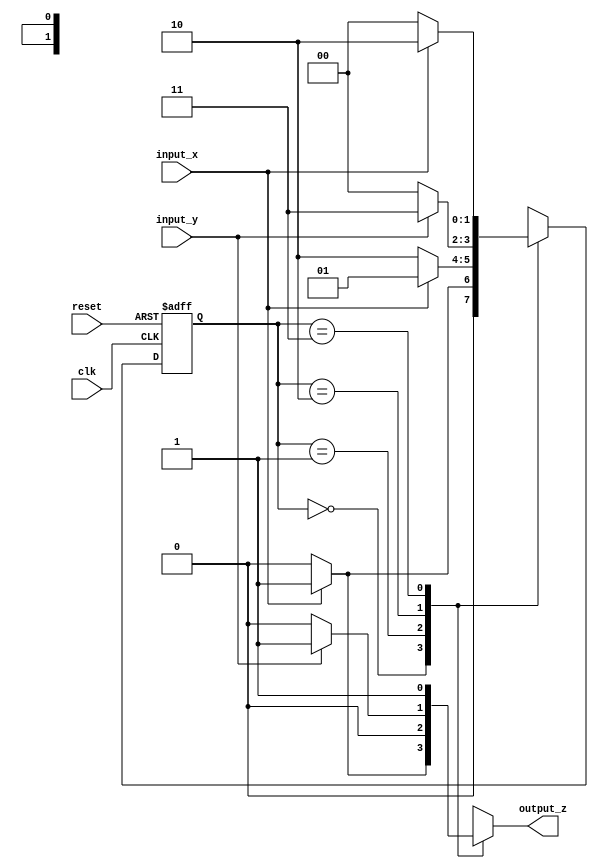
module MealyStateMachine (
    input wire clk,        // Clock signal
    input wire reset,      // Asynchronous reset signal
    input wire input_x,    // Input bit x
    input wire input_y,    // Input bit y
    output reg output_z    // Output bit z
);

// State encoding
parameter STATE_A = 2'b00, // State A
          STATE_B = 2'b01, // State B
          STATE_C = 2'b10, // State C
          STATE_D = 2'b11; // State D

reg [1:0] current_state, next_state; // Current and next state registers

// State transition logic (Combinational logic)
always @(*) begin
    case (current_state)
        STATE_A: begin
            if (input_x == 1'b1)
                next_state = STATE_B;
            else
                next_state = STATE_A;
        end
        STATE_B: begin
            if (input_x == 1'b0)
                next_state = STATE_C;
            else
                next_state = STATE_B;
        end
        STATE_C: begin
            if (input_y == 1'b1)
                next_state = STATE_D;
            else
                next_state = STATE_A;
        end
        STATE_D: begin
            if (input_x == 1'b0)
                next_state = STATE_A;
            else
                next_state = STATE_C;
        end
        default: next_state = STATE_A; // Default to State A
    endcase
end

// Output logic (Combinational logic)
always @(*) begin
    case (current_state)
        STATE_A: output_z = (input_x == 1'b1) ? 1'b1 : 1'b0;
        STATE_B: output_z = 1'b0; // Example output logic
        STATE_C: output_z = (input_y == 1'b1) ? 1'b1 : 1'b0; // Example output logic
        STATE_D: output_z = 1'b1; // Example output logic
        default: output_z = 1'b0; // Default output
    endcase
end

// Sequential block (synchronous logic)
always @(posedge clk or posedge reset) begin
    if (reset) begin
        current_state <= STATE_A; // Reset to State A
    end else begin
        current_state <= next_state; // Update state
    end
end

endmodule